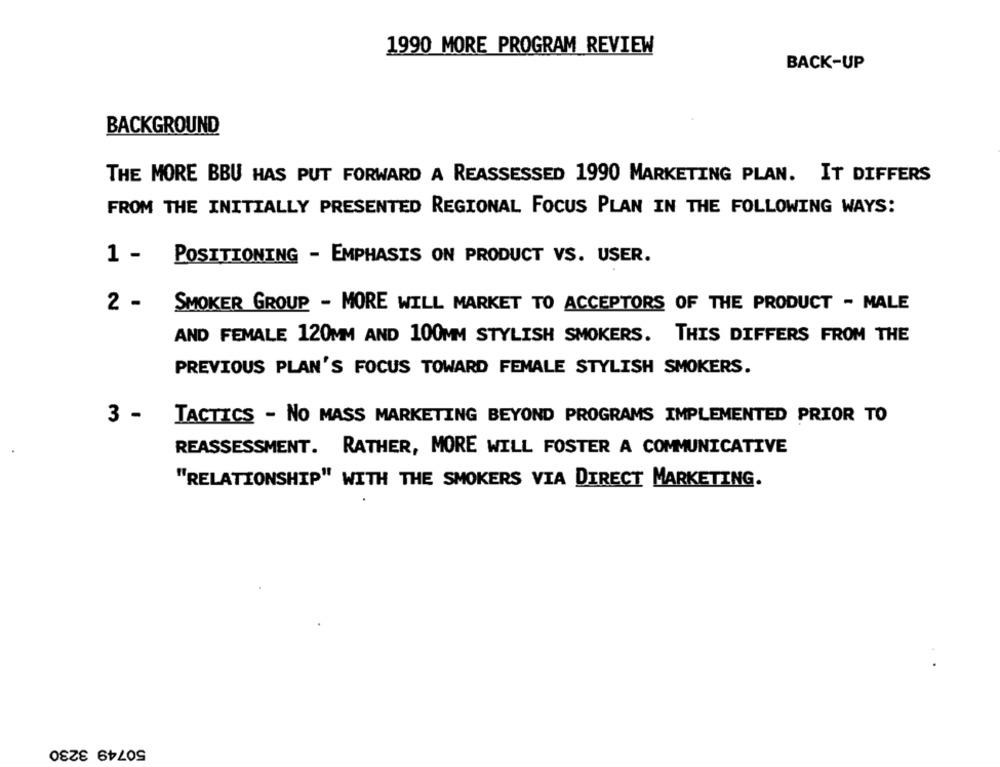
1990 MORE PROGRAM REVIEW
BACK-UP
BACKGROUND
THE MORE BBU HAS PUT FORWARD A REASSESSED 1990 MARKETING PLAN. IT DIFFERS
FROM THE INITIALLY PRESENTED REGIONAL FOCUS PLAN IN THE FOLLOWING WAYS:
1 -
POSITIONING - EMPHASIS ON PRODUCT VS. USER.
2 - SMOKER GROUP - MORE WILL MARKET TO ACCEPTORS OF THE PRODUCT - MALE
AND FEMALE 120MM AND 100MM STYLISH SMOKERS. THIS DIFFERS FROM THE
PREVIOUS PLAN'S FOCUS TOWARD FEMALE STYLISH SMOKERS.
3 - TACTICS - NO MASS MARKETING BEYOND PROGRAMS IMPLEMENTED PRIOR TO
REASSESSMENT. RATHER, MORE WILL FOSTER A COMMUNICATIVE
"RELATIONSHIP" WITH THE SMOKERS VIA DIRECT MARKETING.
50749 3230